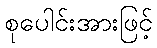
စုပေါင်းအားဖြင့်